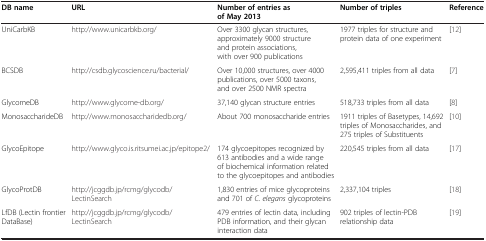
| DB name | URL | Number of entries as of May 2013 | Number of triples | Reference |
 | --- | --- | --- | --- | --- |
 | UniCarbKB | http://www.unicarbkb.org/ | Over 3300 glycan structures, approximately 9000 structure and protein associations, with over 900 publications | 1977 triples for structure and protein data of one experiment | [12] |
 | BCSDB | http://csdb.glycoscience.ru/bacterial/ | Over 10,000 structures, over 4000 publications, over 5000 taxons, and over 2500 NMR spectra | 2,595,411 triples from all data | [7] |
 | GlycomeDB | http://www.glycome-db.org/ | 37,140 glycan structure entries | 518,733 triples from all data | [8] |
 | MonosaccharideDB | http://www.monosaccharidedb.org/ | About 700 monosaccharide entries | 1911 triples of Basetypes, 14,692 triples of Monosaccharides, and 275 triples of Substituents | [10] |
 | GlycoEpitope | http://www.glyco.is.ritsumei.ac.jp/epitope2/ | 174 glycoepitopes recognized by 613 antibodies and a wide range of biochemical information related to the glycoepitopes and antibodies | 220,545 triples from all data | [17] |
 | GlycoProtDB | http://jcggdb.jp/rcmg/glycodb/LectinSearch | 1,830 entries of mice glycoproteins and 701 of C. elegans glycoproteins | 2,337,104 triples | [18] |
 | LfDB (Lectin frontier DataBase) | http://jcggdb.jp/rcmg/glycodb/LectinSearch | 479 entries of lectin data, including PDB information, and their glycan interaction data | 902 triples of lectin-PDB relationship data | [19] |